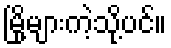
မြို့များကဲ့သို့ပင်။